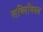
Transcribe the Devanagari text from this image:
सब्लिमिनल